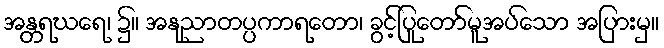
အန္တရဃရေ၊ ၌။ အနုညာတပ္ပကာရတော၊ ခွင့်ပြုတော်မူအပ်သော အပြားမှ။